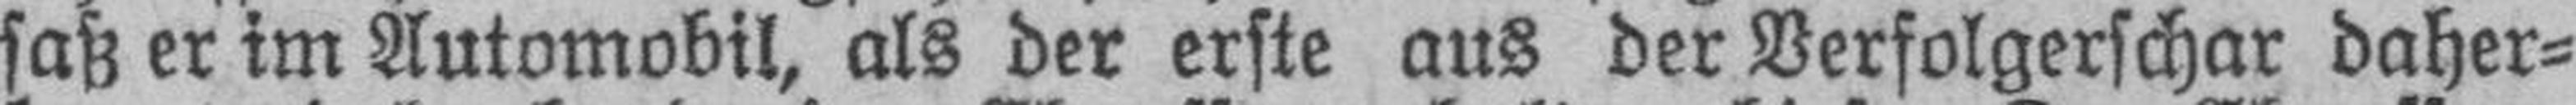
saß er im Automobil, als der erste aus der Verfolgerschar daher¬